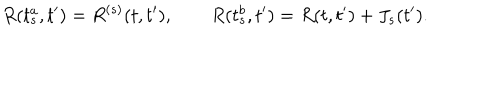
R ( t _ { s } ^ { a } , t ^ { \prime } ) = R ^ { ( s ) } ( t , t ^ { \prime } ) , \qquad R ( t _ { s } ^ { b } , t ^ { \prime } ) = R ( t , t ^ { \prime } ) + J _ { s } ( t ^ { \prime } ) .